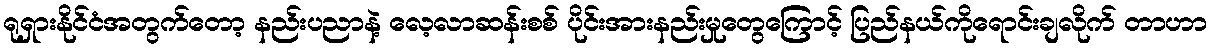
ရုရှားနိုင်ငံအတွက်တော့ နည်းပညာနဲ့ လေ့လာဆန်းစစ် ပိုင်းအားနည်းမှုတွေကြောင့် ပြည်နယ်ကိုရောင်းချလိုက် တာဟာ